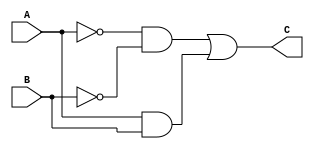
module xnor_2(A, B, C);

	input A, B;
	output C;
	
	assign C = ((~A)&(~B)) | A&B;

endmodule